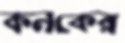
কনকের